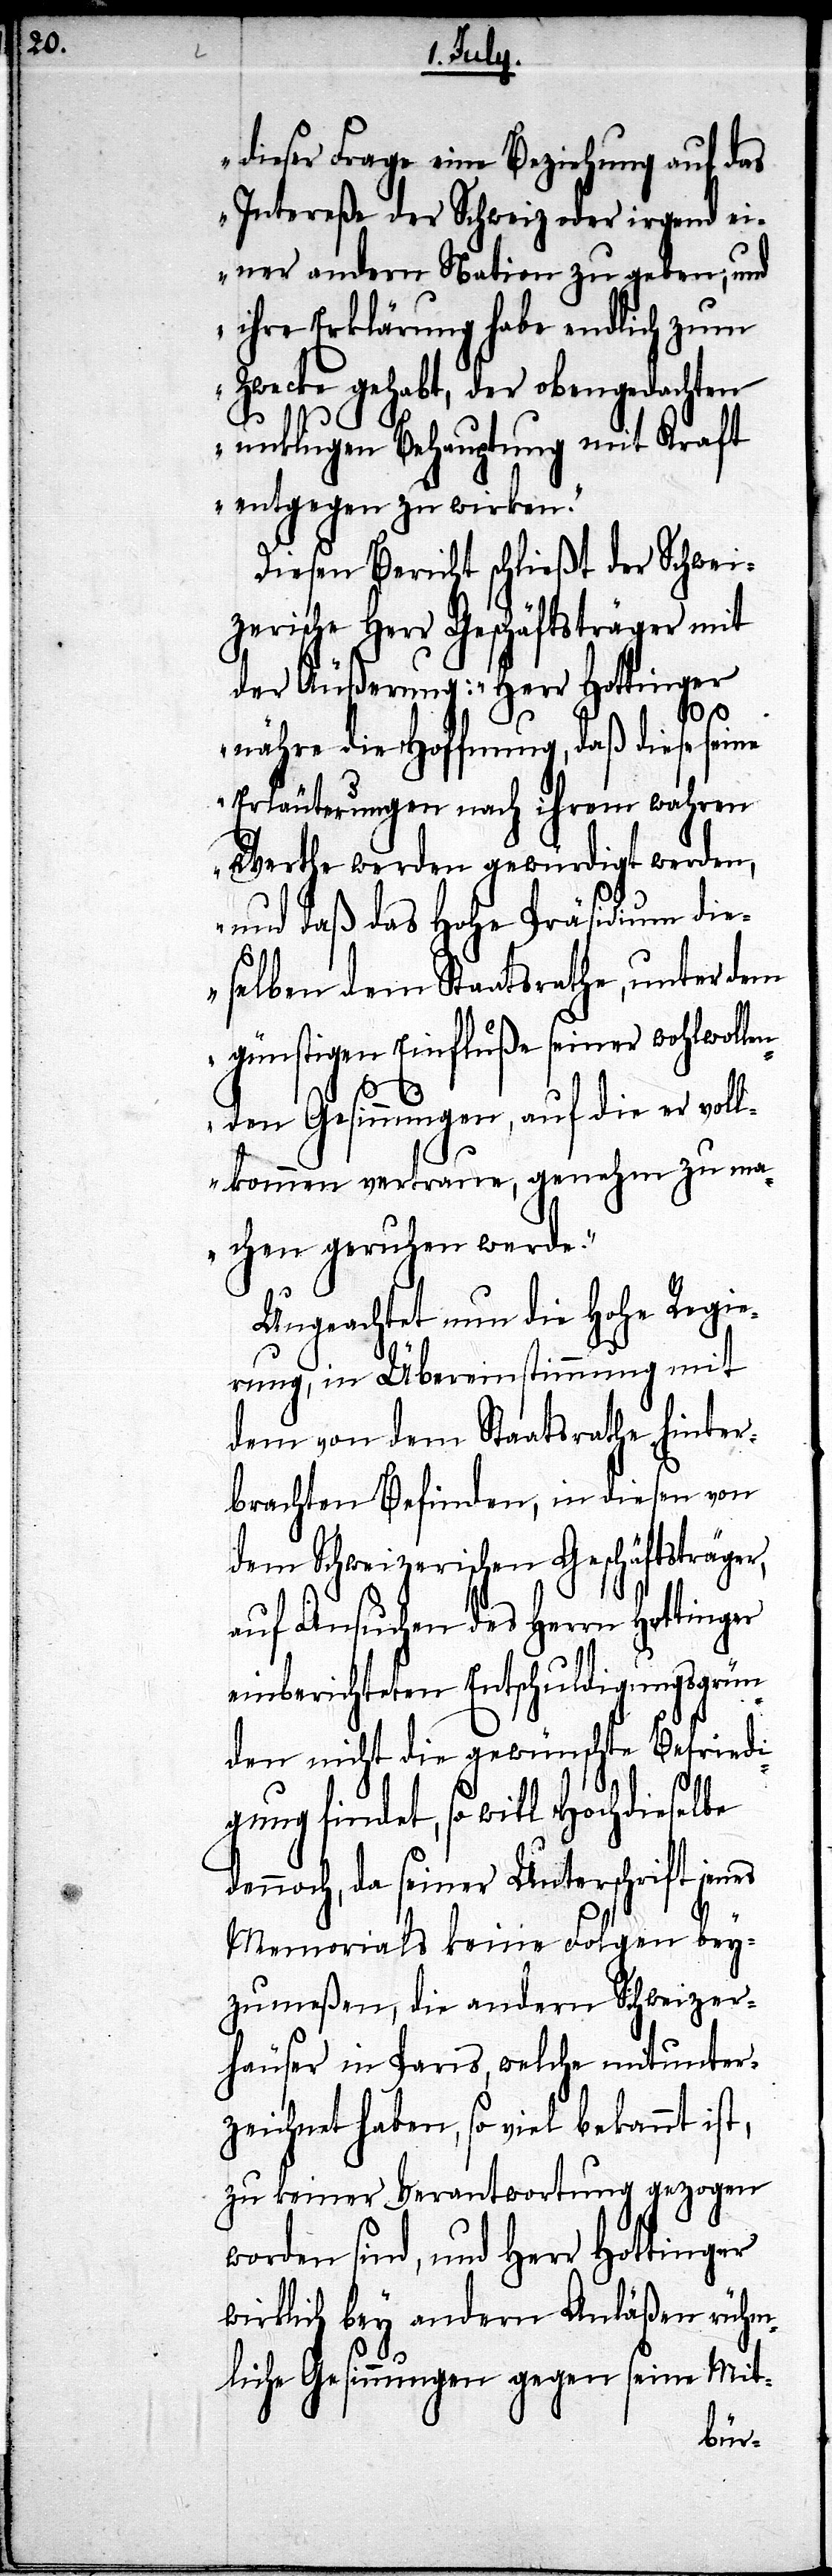
dieser Frage eine Beziehung auf das
Intereße der Schweiz oder irgend ei¬
ner andern Nation zu geben; und
ihre Erklärung habe endlich zum
Zwecke gehabt, der obengedachten
unklugen Behauptung mit Kraft
entgegen zu wirken.“
Diesen Bericht schließt der Schwei¬
zerische Herr Geschäftsträger mit
der Äußerung: „Herr Hottinger
nähre die Hoffnung, daß diese
Erläuterungen nach ihrem wahrem
Werthe werden gewürdigt werden,
und daß das Hohe Präsidium die¬
selben dem Staatsrathe, unter dem
günstigen Einfluße seiner wohlwollen¬
den Gesinnungen, auf die er voll¬
kommen vertraue, genehm zu ma¬
chen geruhen werde.“
Ungeachtet nun die hohe Regie¬
rung, die Übereinstimmung mit
dem von dem Staatsrathe hinter¬
brachten Befinden, in diesen von
dem Schweizerischen Geschäftsträger,
auf Ansuchen des Herrn Hottinger
einberichteten Entschuldigungsgrün¬
den nicht die gewünschte Befriedi¬
gung findet, so will Hochdieselbe
dennoch, da seiner Unterschrift jenes
Memorials keine Folgen bey¬
zumeßen, die andern Schweizer¬
häuser in Paris, welche mitunter¬
zeichnet haben, so viel bekannt ist,
zu keiner Verantwortung gezogen
worden sind, und Herr Hottinger
wirklich bey andern Anläßen rühm¬
liche Gesinnungen gegen seine Mit-